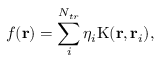
f ( \mathbf { r } ) = \sum _ { i } ^ { N _ { t r } } \eta _ { i } \mathrm { K } ( \mathbf { r } , \mathbf { r } _ { i } ) ,